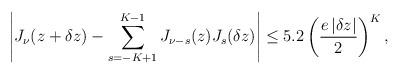
LaTeX: \begin{align*} \left| J_{\nu}(z + \delta z) - \sum_{s=-K+1}^{K-1} J_{\nu-s}(z)J_{s}(\delta z) \right| \leq 5.2\left(\frac{e\,|\delta z|}{2}\right)^K, \end{align*}